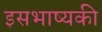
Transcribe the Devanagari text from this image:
इसभाष्यकी